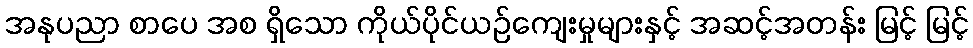
အနုပညာ စာပေ အစ ရှိသော ကိုယ်ပိုင်ယဉ်ကျေးမှုများနှင့် အဆင့်အတန်း မြင့် မြင့်